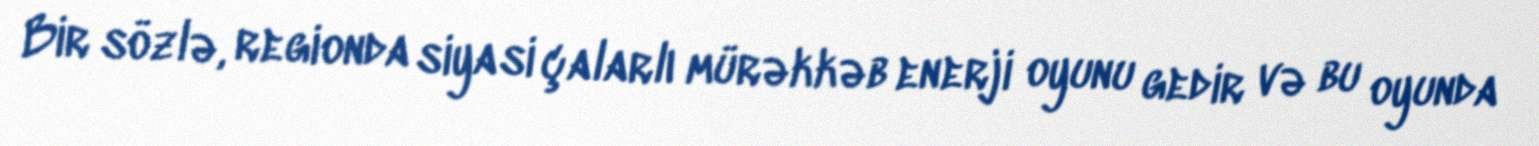
Bir sözlə, regionda siyasi çalarlı mürəkkəb enerji oyunu gedir və bu oyunda